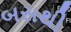
બસથી